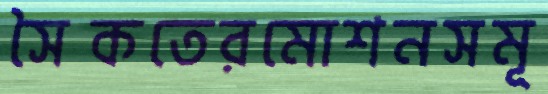
সৈকতেরমোশনসমূ